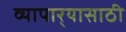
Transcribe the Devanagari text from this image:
व्यापार्‍यासाठी